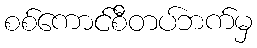
စစ်ကောင်စီတပ်ဘက်မှ